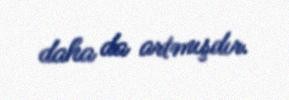
daha da artmışdır.